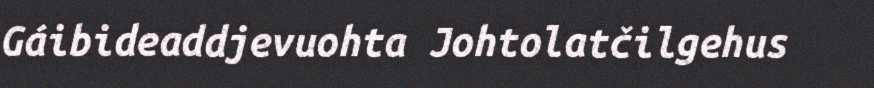
Gáibideaddjevuohta Johtolatčilgehus